Document type: Grant
Year: 1445
Scribe: Antoni Gomar
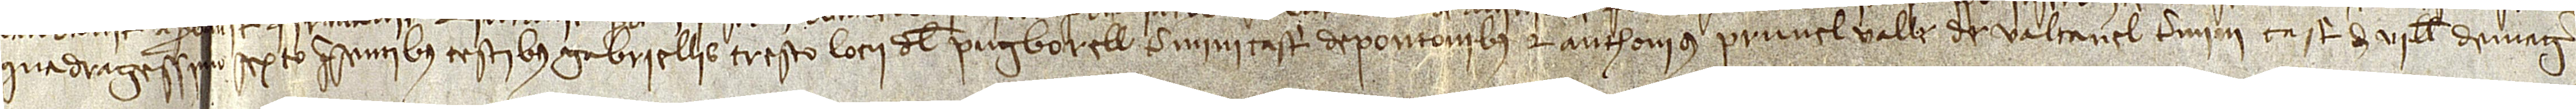
quadragessimo sexto, presentibus testibus Gabriellis Tresco, locii del Pugborell, termini castri de Pontonibus, et Anthonius Prunel, valle de Valtanel, termini castri de Villa de Mager.